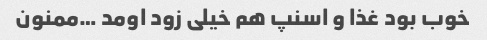
خوب بود غذا و اسنپ هم خیلی زود اومد …ممنون